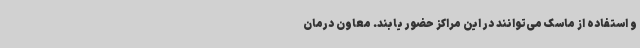
و استفاده از ماسک می‌توانند در این مراکز حضور یابند. معاون درمان